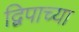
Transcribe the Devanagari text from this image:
द्विपाच्या